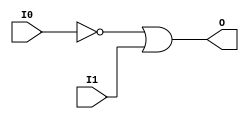
// $Header: /devl/xcs/repo/env/Databases/CAEInterfaces/verunilibs/data/unisims/OR2B1.v,v 1.5.158.1 2007/03/09 18:13:16 patrickp Exp $
///////////////////////////////////////////////////////////////////////////////
// Copyright (c) 1995/2004 Xilinx, Inc.
// All Right Reserved.
///////////////////////////////////////////////////////////////////////////////
//   ____  ____
//  /   /\/   /
// /___/  \  /    Vendor : Xilinx
// \   \   \/     Version : 8.1i (I.13)
//  \   \         Description : Xilinx Functional Simulation Library Component
//  /   /                  2-input OR Gate
// /___/   /\     Filename : OR2B1.v
// \   \  /  \    Timestamp : Thu Mar 25 16:43:30 PST 2004
//  \___\/\___\
//
// Revision:
//    03/23/04 - Initial version.
// End Revision

`timescale  100 ps / 10 ps


module OR2B1 (O, I0, I1);

    output O;

    input  I0, I1;

    not N0 (i0_inv, I0);
    or O1 (O, i0_inv, I1);


endmodule